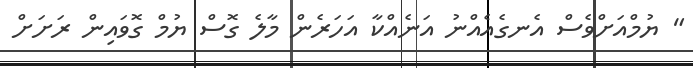
" ޔުމްއަށްވެސް އެނގެއެއްނު އަނެއްކާ އަހަރެން މާލެ ގޮސް ޔުމް ގޮވައިން ރަށަށް